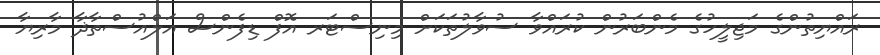
ރައްޔިތުންގެ މަޖިލީހުގެ މެންބަރުން ކުރައްވާ ސުވާލުތަކަށް މިނިސްޓަރ އޮފް ޑިފެންސް އަލްއުސްތާޛާ މާރިޔާ